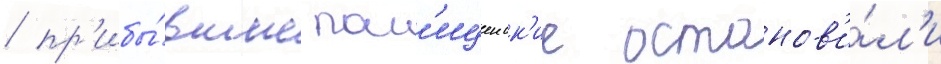
/ пр'ибы́вшие пол'ицеиск'ие останов'и́л'и